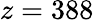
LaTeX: z=388